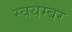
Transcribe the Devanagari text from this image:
स्वयम्बर